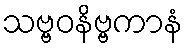
သဗ္ဗဝနိဗ္ဗကာနံ